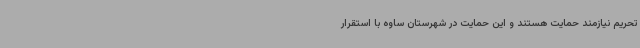
تحریم نیازمند حمایت هستند و این حمایت در شهرستان ساوه با استقرار